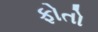
ફોતો